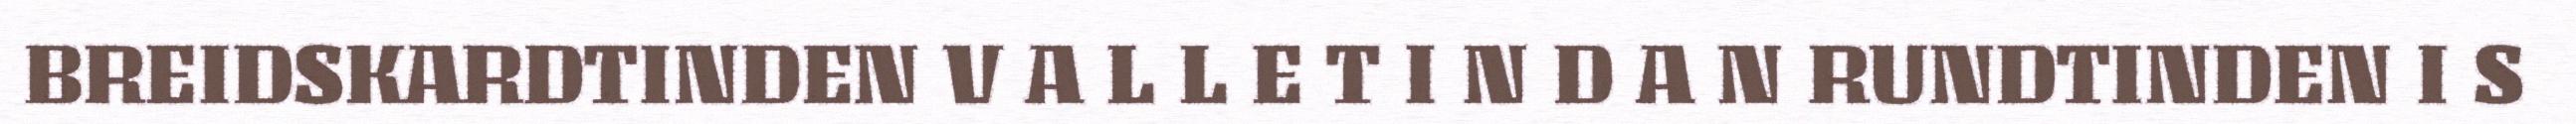
BREIDSKARDTINDEN V A L L E T I N D A N RUNDTINDEN I S